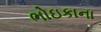
ભોઇકાના